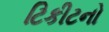
ટિકીટનો